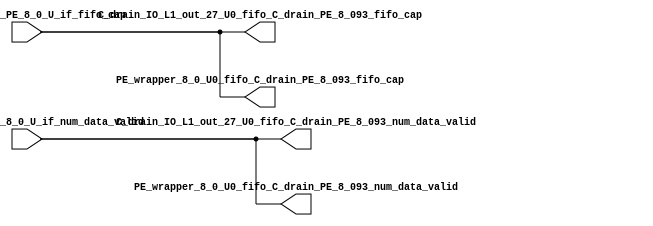
// ==================================================
// RTL generated by RapidStream
//
// Copyright 2024 RapidStream Design Automation, Inc.
// All Rights Reserved.
// ==================================================
`timescale 1 ns / 1 ps
module __rs_kernel3_aux_split_aux_55 #(
    parameter C_S_AXI_CONTROL_DATA_WIDTH  = 32,
    parameter C_S_AXI_CONTROL_ADDR_WIDTH  = 6,
    parameter C_S_AXI_DATA_WIDTH          = 32,
    parameter C_M_AXI_GMEM_A_ID_WIDTH     = 1,
    parameter C_M_AXI_GMEM_A_ADDR_WIDTH   = 64,
    parameter C_M_AXI_GMEM_A_DATA_WIDTH   = 512,
    parameter C_M_AXI_GMEM_A_AWUSER_WIDTH = 1,
    parameter C_M_AXI_GMEM_A_ARUSER_WIDTH = 1,
    parameter C_M_AXI_GMEM_A_WUSER_WIDTH  = 1,
    parameter C_M_AXI_GMEM_A_RUSER_WIDTH  = 1,
    parameter C_M_AXI_GMEM_A_BUSER_WIDTH  = 1,
    parameter C_M_AXI_GMEM_A_USER_VALUE   = 0,
    parameter C_M_AXI_GMEM_A_PROT_VALUE   = 0,
    parameter C_M_AXI_GMEM_A_CACHE_VALUE  = 3,
    parameter C_M_AXI_DATA_WIDTH          = 32,
    parameter C_M_AXI_GMEM_B_ID_WIDTH     = 1,
    parameter C_M_AXI_GMEM_B_ADDR_WIDTH   = 64,
    parameter C_M_AXI_GMEM_B_DATA_WIDTH   = 512,
    parameter C_M_AXI_GMEM_B_AWUSER_WIDTH = 1,
    parameter C_M_AXI_GMEM_B_ARUSER_WIDTH = 1,
    parameter C_M_AXI_GMEM_B_WUSER_WIDTH  = 1,
    parameter C_M_AXI_GMEM_B_RUSER_WIDTH  = 1,
    parameter C_M_AXI_GMEM_B_BUSER_WIDTH  = 1,
    parameter C_M_AXI_GMEM_B_USER_VALUE   = 0,
    parameter C_M_AXI_GMEM_B_PROT_VALUE   = 0,
    parameter C_M_AXI_GMEM_B_CACHE_VALUE  = 3,
    parameter C_M_AXI_GMEM_C_ID_WIDTH     = 1,
    parameter C_M_AXI_GMEM_C_ADDR_WIDTH   = 64,
    parameter C_M_AXI_GMEM_C_DATA_WIDTH   = 512,
    parameter C_M_AXI_GMEM_C_AWUSER_WIDTH = 1,
    parameter C_M_AXI_GMEM_C_ARUSER_WIDTH = 1,
    parameter C_M_AXI_GMEM_C_WUSER_WIDTH  = 1,
    parameter C_M_AXI_GMEM_C_RUSER_WIDTH  = 1,
    parameter C_M_AXI_GMEM_C_BUSER_WIDTH  = 1,
    parameter C_M_AXI_GMEM_C_USER_VALUE   = 0,
    parameter C_M_AXI_GMEM_C_PROT_VALUE   = 0,
    parameter C_M_AXI_GMEM_C_CACHE_VALUE  = 3,
    parameter C_S_AXI_CONTROL_WSTRB_WIDTH = 4,
    parameter C_S_AXI_WSTRB_WIDTH         = 4,
    parameter C_M_AXI_GMEM_A_WSTRB_WIDTH  = 64,
    parameter C_M_AXI_WSTRB_WIDTH         = 4,
    parameter C_M_AXI_GMEM_B_WSTRB_WIDTH  = 64,
    parameter C_M_AXI_GMEM_C_WSTRB_WIDTH  = 64
) (
    output wire [1:0] C_drain_IO_L1_out_27_U0_fifo_C_drain_PE_8_093_fifo_cap,
    output wire [1:0] C_drain_IO_L1_out_27_U0_fifo_C_drain_PE_8_093_num_data_valid,
    output wire [1:0] PE_wrapper_8_0_U0_fifo_C_drain_PE_8_093_fifo_cap,
    output wire [1:0] PE_wrapper_8_0_U0_fifo_C_drain_PE_8_093_num_data_valid,
    input wire  [1:0] fifo_C_drain_PE_8_0_U_if_fifo_cap,
    input wire  [1:0] fifo_C_drain_PE_8_0_U_if_num_data_valid
);
assign C_drain_IO_L1_out_27_U0_fifo_C_drain_PE_8_093_fifo_cap = fifo_C_drain_PE_8_0_U_if_fifo_cap;
assign C_drain_IO_L1_out_27_U0_fifo_C_drain_PE_8_093_num_data_valid = fifo_C_drain_PE_8_0_U_if_num_data_valid;
assign PE_wrapper_8_0_U0_fifo_C_drain_PE_8_093_fifo_cap = fifo_C_drain_PE_8_0_U_if_fifo_cap;
assign PE_wrapper_8_0_U0_fifo_C_drain_PE_8_093_num_data_valid = fifo_C_drain_PE_8_0_U_if_num_data_valid;
endmodule